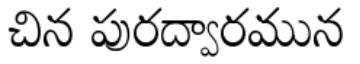
చిన పురద్వారమున